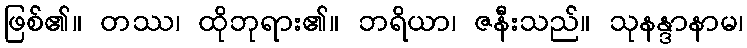
ဖြစ်၏။ တဿ၊ ထိုဘုရား၏။ ဘရိယာ၊ ဇနီးသည်။ သုနန္ဒာနာမ၊